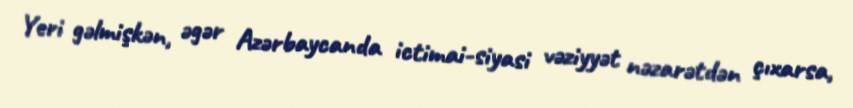
Yeri gəlmişkən, əgər Azərbaycanda ictimai-siyasi vəziyyət nəzarətdən çıxarsa,